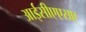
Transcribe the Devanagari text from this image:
आईसीएएसए